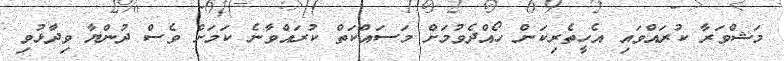
މަޝްވަރާ ކުރައްވައި އެހީތެރިކަން ހޯއްދެވުމަށް މަސައްކަތް ކުރައްވާނެ ކަމަށް ވެސް ދުންޔާ ވިދާޅުވި